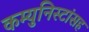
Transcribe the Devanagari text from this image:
कम्युनिस्टांसह